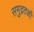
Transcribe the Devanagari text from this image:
समुद्रतळी